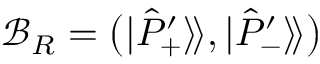
\mathcal { B } _ { R } = \big ( | \hat { P } _ { + } ^ { \prime } \rangle \! \rangle , | \hat { P } _ { - } ^ { \prime } \rangle \! \rangle \big )